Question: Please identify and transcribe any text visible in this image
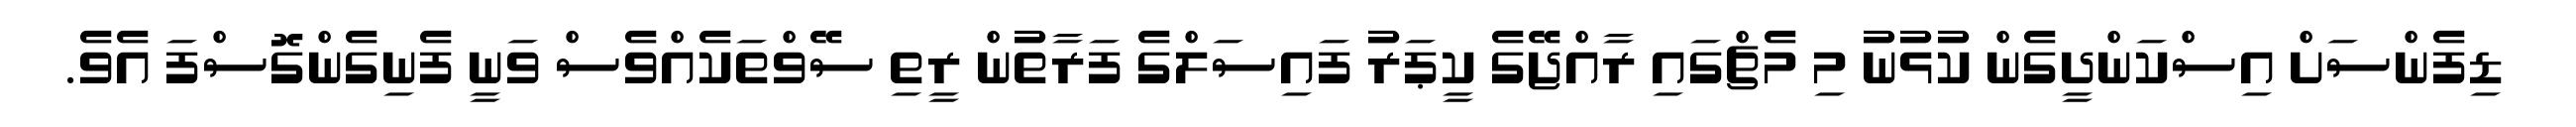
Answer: ޑިފެންސަށް އިސްކަންދީގެން ކުޅުނު މި މެޗްގައި ރާއްޖޭގެ ކީޕަރު ފައިސަލްގެ ފަރާތުން ރީތި ސޭވްތަކެއްވެސް ވަނީ ފެނިގެންގޮސްފަ އެވެ.